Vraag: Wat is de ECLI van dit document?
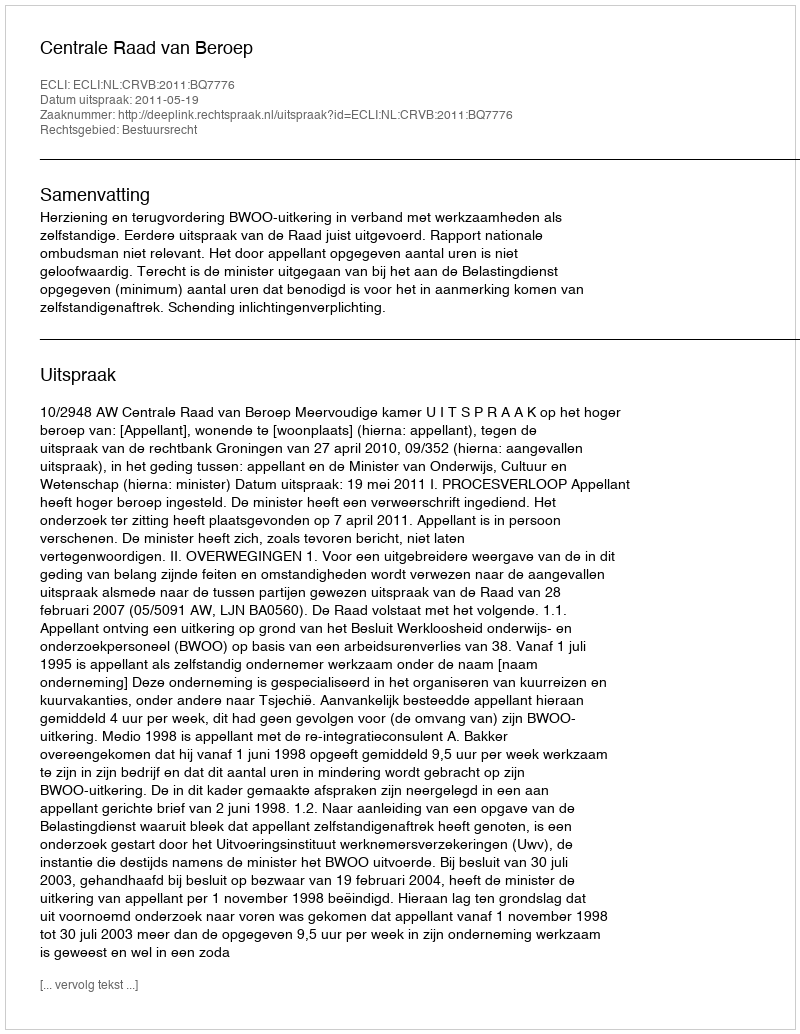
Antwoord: ECLI:NL:CRVB:2011:BQ7776